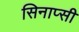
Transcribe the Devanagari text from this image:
सिनाप्सी